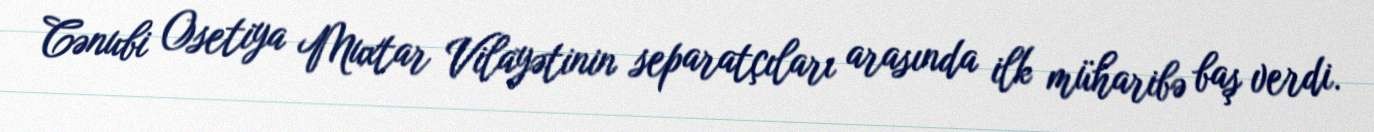
Cənubi Osetiya Muxtar Vilayətinin separatçıları arasında ilk müharibə baş verdi.